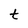
Character: t